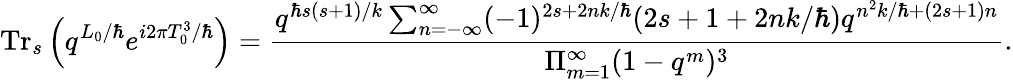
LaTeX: \mathrm{Tr}_{s}\left(q^{L_{0}/\hbar}e^{i2\pi T_{0}^{3}/\hbar}\right)=\frac{q^{\hbar s(s+1)/k}\sum_{n=-\infty}^{\infty}(-1)^{2s+2nk/\hbar}(2s+1+2nk/\hbar)q^{{n^{2}k/\hbar}+(2s+1)n}}{\Pi_{m=1}^{\infty}(1-q^{m})^{3}}.